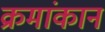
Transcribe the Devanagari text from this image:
क्रमांकानं